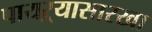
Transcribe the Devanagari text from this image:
पायऱ्यासारखा